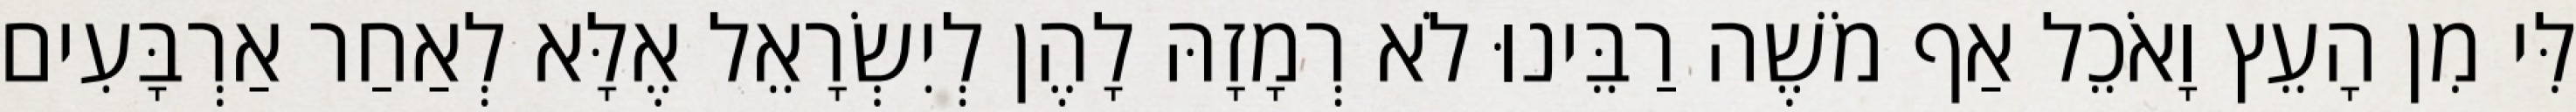
לִּי מִן הָעֵץ וָאֹכֵל אַף מֹשֶׁה רַבֵּינוּ לֹא רְמָזָהּ לָהֶן לְיִשְׂרָאֵל אֶלָּא לְאַחַר אַרְבָּעִים